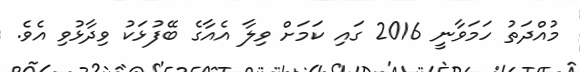
މުއްދަތު ހަމަވާނީ 2016 ގައި ކަމަށް ވިލާ އެއާގެ ބޭފުޅަކު ވިދާޅުވި އެވެ.